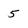
Character: 5